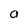
Character: a